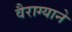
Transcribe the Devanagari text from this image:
वैराग्याने